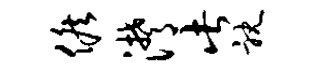
候潸此耽